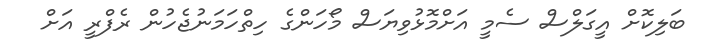
ބަލިކޮށް އީގަލްސް ސެމީ އަށްމޮޅުވިޔަސް މޯހަންގެ ހިތްހަމަނުޖެހުން ރެފްރީ އަށް